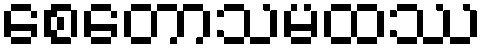
စေတောသမထဿ